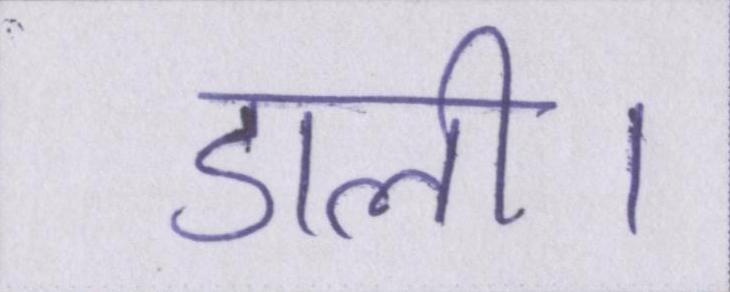
डाली।